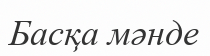
Басқа мәнде